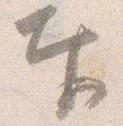
奉